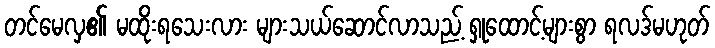
တင်မေလှ၏ မထိုးရသေးလား များသယ်ဆောင်လာသည့် ရှုထောင့်များစွာ ရလဒ်မဟုတ်